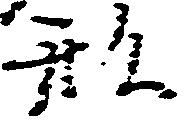
形